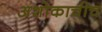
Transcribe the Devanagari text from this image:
अशोकाचीच